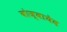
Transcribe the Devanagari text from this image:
बोज्बायेव